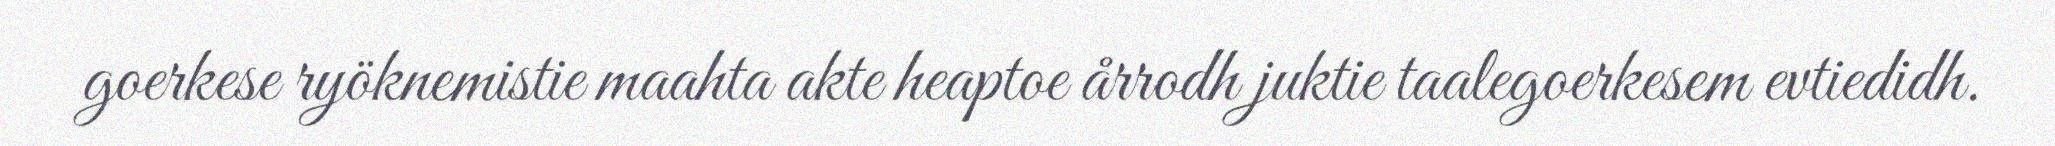
goerkese ryöknemistie maahta akte heaptoe årrodh juktie taalegoerkesem evtiedidh.